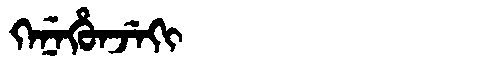
Manchu: ᡴᡝᠨᡝᡥᡠᠨᠵᡝᡴᡳ
Romanization: KENEHUNJEKI